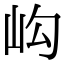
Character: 𡵺